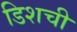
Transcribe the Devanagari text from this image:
डिशची